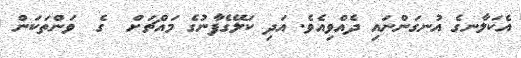
އެކަލާނގެ އުނގަންނައި ދެއްވިއެވެ. އަދި ކަލޭގެފާނުގެ މައްޗަށް  ގެ  ވަންތަކަން